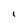
Character: I